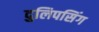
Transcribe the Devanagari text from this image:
दुलिपसिंग